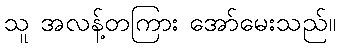
သူ အလန့်တကြား အော်မေးသည်။